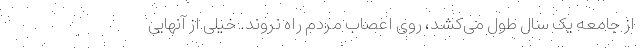
از جامعه یک سال طول می‌کشد، روی اعصاب مردم راه نروند. خیلی از آنهایی